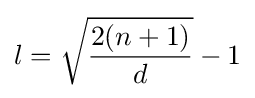
l={\sqrt {\frac {2(n+1)}{d}}}-1